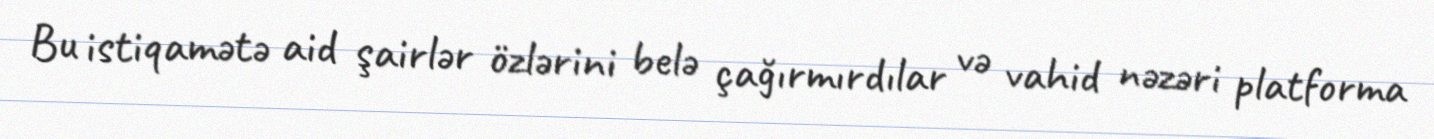
Bu istiqamətə aid şairlər özlərini belə çağırmırdılar və vahid nəzəri platforma